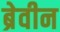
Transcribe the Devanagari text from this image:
ब्रेवीन